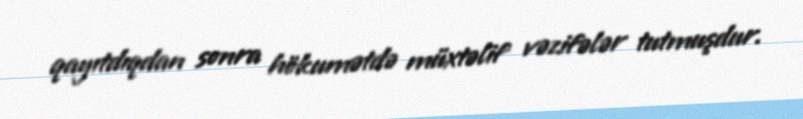
qayıtdıqdan sonra hökumətdə müxtəlif vəzifələr tutmuşdur.